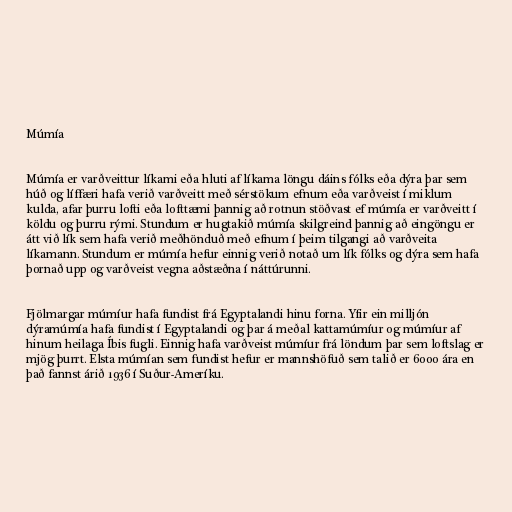
Múmía

Múmía er varðveittur líkami eða hluti af líkama löngu dáins fólks eða dýra þar sem
húð og líffæri hafa verið varðveitt með sérstökum efnum eða varðveist í miklum
kulda, afar þurru lofti eða lofttæmi þannig að rotnun stöðvast ef múmía er varðveitt í
köldu og þurru rými. Stundum er hugtakið múmía skilgreind þannig að eingöngu er
átt við lík sem hafa verið meðhönduð með efnum í þeim tilgangi að varðveita
líkamann. Stundum er múmía hefur einnig verið notað um lík fólks og dýra sem hafa
þornað upp og varðveist vegna aðstæðna í náttúrunni.

Fjölmargar múmíur hafa fundist frá Egyptalandi hinu forna. Yfir ein milljón
dýramúmía hafa fundist í Egyptalandi og þar á meðal kattamúmíur og múmíur af
hinum heilaga Íbis fugli. Einnig hafa varðveist múmíur frá löndum þar sem loftslag er
mjög þurrt. Elsta múmían sem fundist hefur er mannshöfuð sem talið er 6000 ára en
það fannst árið 1936 í Suður-Ameríku.